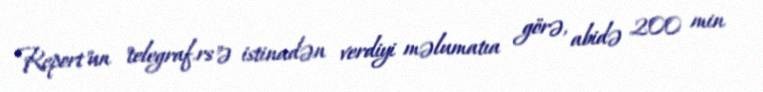
Report"un "telegraf.rs"ə istinadən verdiyi məlumatıa görə, abidə 200 min